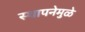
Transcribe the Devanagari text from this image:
स्थापनेमुळे